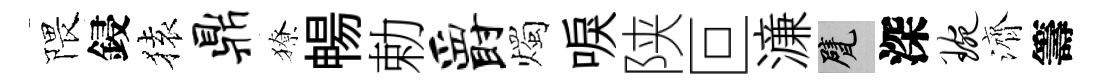
隈鋟𫞤鼎獠暢勅爵燭唳陕叵濓甓深琬濟籌